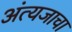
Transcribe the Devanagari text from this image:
अंत्यजाचा